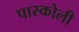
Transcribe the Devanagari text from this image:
पास्कोली